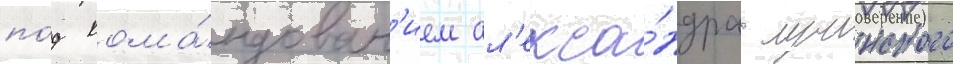
по́д кома́ндован'ием ал'екса́ндра лучинского